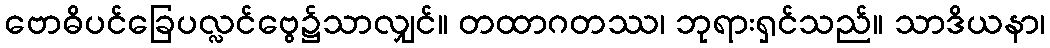
ဗောဓိပင်ခြေပလ္လင်ဗွေ၌သာလျှင်။ တထာဂတဿ၊ ဘုရားရှင်သည်။ သာဒိယနာ၊